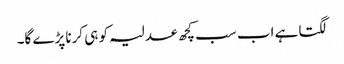
لگتا ہے اب سب کچھ عدلیہ کو ہی کرنا پڑے گا۔